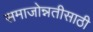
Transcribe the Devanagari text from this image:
समाजोन्नतीसाठी